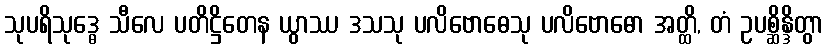
သုပရိသုဒ္ဓေ သီလေ ပတိဋ္ဌိတေန ယွာဿ ဒသသု ပလိဗောဓေသု ပလိဗောဓော အတ္ထိ, တံ ဥပစ္ဆိန္ဒိတွာ